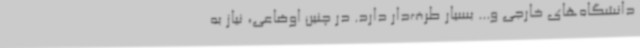
دانشگاه‌های خارجی و... بسیار طرف‌دار دارد. در چنین اوضاعی، نیاز به